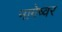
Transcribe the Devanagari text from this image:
नागेष्वर